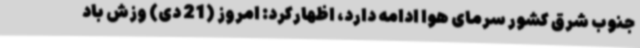
جنوب شرق کشور سرمای هوا ادامه دارد، اظهارکرد: امروز (21 دی) وزش باد